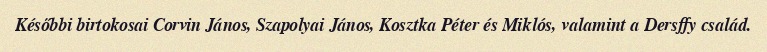
Későbbi birtokosai Corvin János, Szapolyai János, Kosztka Péter és Miklós, valamint a Dersffy család.